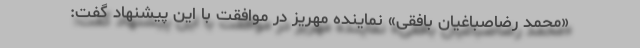
«محمد رضاصباغیان بافقی» نماینده مهریز در موافقت با این پیشنهاد گفت: